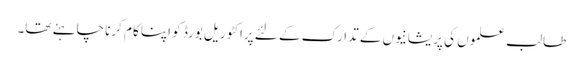
طالب علموں کی پریشانیوں کے تدارک کے لئے پراکٹوریل بورڈ کو اپنا کام کرنا چاہئے تھا۔